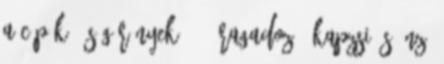
a cápáké és görényeké --- ragadozó, kapzsi és önző